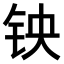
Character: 𫓭